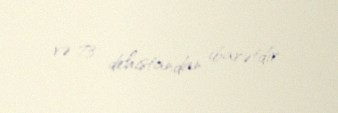
və 73 dehistandan ibarətdir.